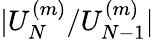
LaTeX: |U_{N}^{(m)}/U_{N-1}^{(m)}|